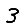
Digit: 3